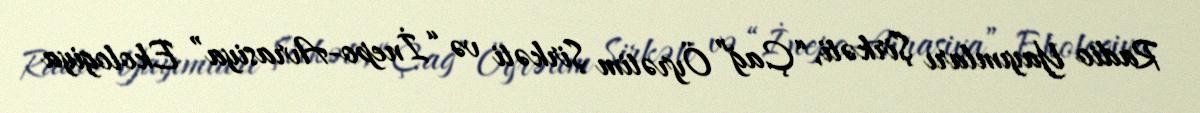
Radio Yayımları Şirkəti, “Çağ” Öyrətim Şirkəti və “İnepo-Avrasiya” Ekologiya